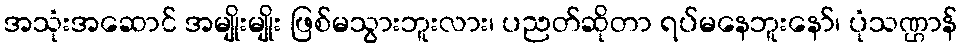
အသုံးအဆောင် အမျိုးမျိုး ဖြစ်မသွားဘူးလား၊ ပညတ်ဆိုတာ ရပ်မနေဘူးနော်၊ ပုံသဏ္ဌာန်